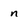
Character: n